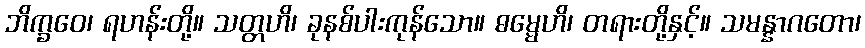
ဘိက္ခဝေ၊ ရဟန်းတို့။ သတ္တဟိ၊ ခုနစ်ပါးကုန်သော။ ဓမ္မေဟိ၊ တရားတို့နှင့်။ သမန္နာဂတော၊